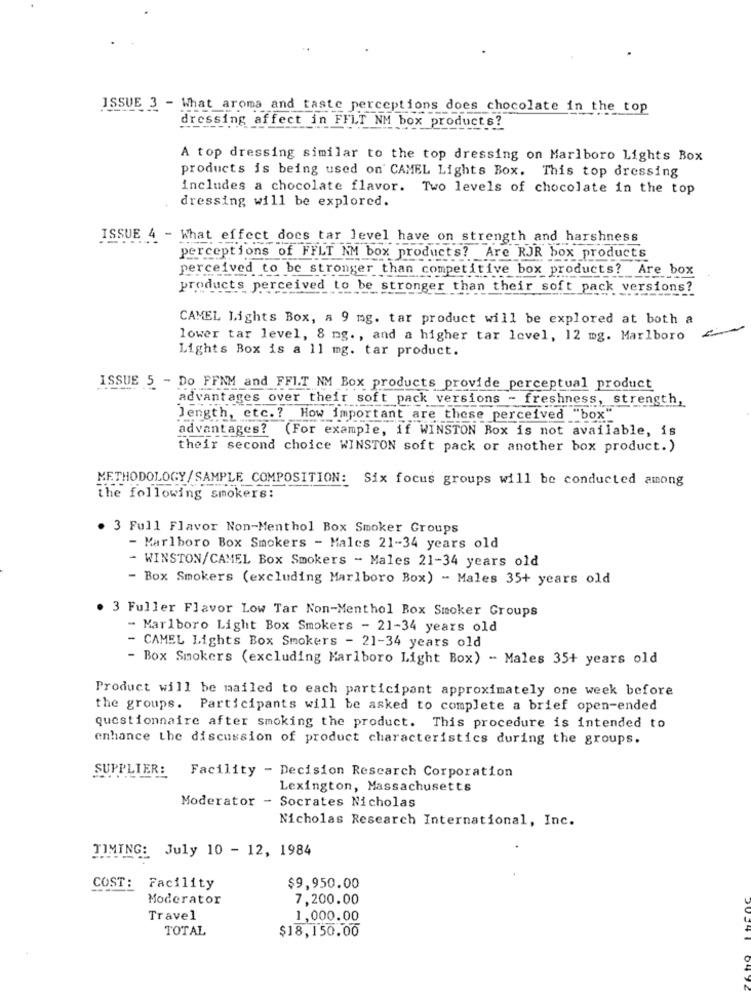
ISSUE 3 - What aroma and taste perceptions does chocolate in the top
dressing affect in FFLT NM box products?
A top dressing similar to the top dressing on Marlboro Lights Box
products is being used on CAMEL Lights Box. This top dressing
includes a chocolate flavor. Two levels of chocolate in the top
dressing will be explored.
ISSUE 4 - What effect does tar level have on strength and harshness
perceptions of FFLT NM box products? Are RJR box products
perceived to be stronger than competitive box products? Are box
products perceived to be stronger than their soft pack versions?
CAMEL Lights Box, a 9 mg. tar product will be explored at both a
lower tar level, 8 ng. , and a higher tar level, 12 mg. Marlboro
Lights Box is a 11 mg. tar product.
ISSUE 5 - Do FFNM and FFI.T NM Box products provide perceptual product
advantages over their soft pack versions - freshness, strength,
Jength, etc. ? How important are these perceived "box"
advantages? (For example, if WINSTON Box is not available, is
their second choice WINSTON soft pack or another box product.)
METHODOLOGY/SAMPLE COMPOSITION: Six focus groups will be conducted among
the following smokers:
. 3 Full Flavor Non-Menthol Box Smoker Groups
- Marlboro Box Smokers - Males 21-34 years old
- WINSTON/CAMEL Box Smokers - Males 21-34 years old
- Box Smokers (excluding Marlboro Box) - Males 35+ years old
. 3 Fuller Flavor Low Tar Non-Menthol Box Smoker Groups
- Marlboro Light Box Smokers - 21-34 years old
- CAMEL Lights Box Smokers - 21-34 years old
- Box Smokers (excluding Marlboro Light Box) - Males 35+ years old
Product will be mailed to each participant approximately one week before
the groups. Participants will be asked to complete a brief open-ended
questionnaire after smoking the product. This procedure is intended to
enhance the discussion of product characteristics during the groups.
SUPPLIER:
Facility - Decision Rescarch Corporation
Lexington, Massachusetts
Moderator - Socrates Nicholas
Nicholas Research International, Inc.
TIMING: July 10 - 12, 1984
COST: Facility
$9,950.00
Moderator
7,200.00
Travel
1,000.00
TOTAL
$18,150.00